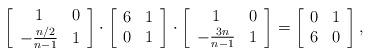
LaTeX: \begin{align*}\left[ \begin{array}{ccc} 1 & 0 \\ -\frac{n/2}{n-1} & 1\end{array} \right]\cdot\left[ \begin{array}{ccc} 6 & 1 \\ 0 & 1\end{array} \right]\cdot\left[ \begin{array}{ccc} 1 & 0 \\ -\frac{3n}{n-1} & 1\end{array} \right]=\left[ \begin{array}{ccc} 0 & 1 \\ 6 & 0\end{array} \right],\end{align*}